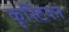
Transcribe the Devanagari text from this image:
कृस्टियन